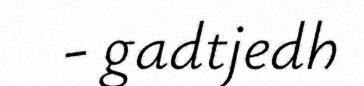
- gadtjedh